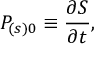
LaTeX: P _ { \left( s \right) 0 } \equiv \frac { \partial S } { \partial t } ,